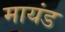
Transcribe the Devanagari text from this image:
मायंड